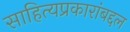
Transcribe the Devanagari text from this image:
साहित्यप्रकारांबद्दल